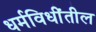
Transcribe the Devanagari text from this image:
धर्मविधींतील